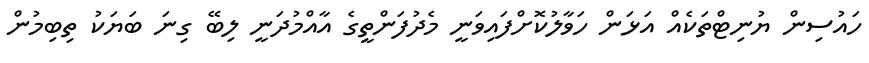
ހައުސިން ޔުނިޓްތަކެއް އަޅަން ހަވާލުކޮށްފައިވަނީ މެދުފަންތީގެ އާއްމުދަނީ ލިބޭ ގިނަ ބަޔަކު ތިބިމުން